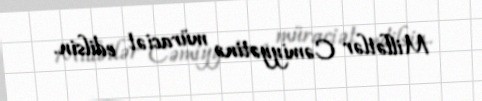
Millətlər Cəmiyyətinə müraciət edilsin.